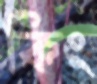
কিং